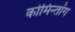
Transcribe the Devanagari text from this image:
कोमिन्तांग